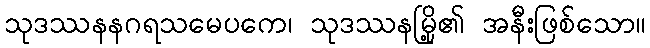
သုဒဿနနဂရသမေပကေ၊ သုဒဿနမြို့၏ အနီးဖြစ်သော။